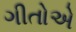
ગીતોએ